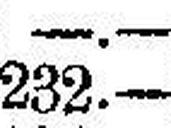
232.—